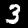
Label: 3